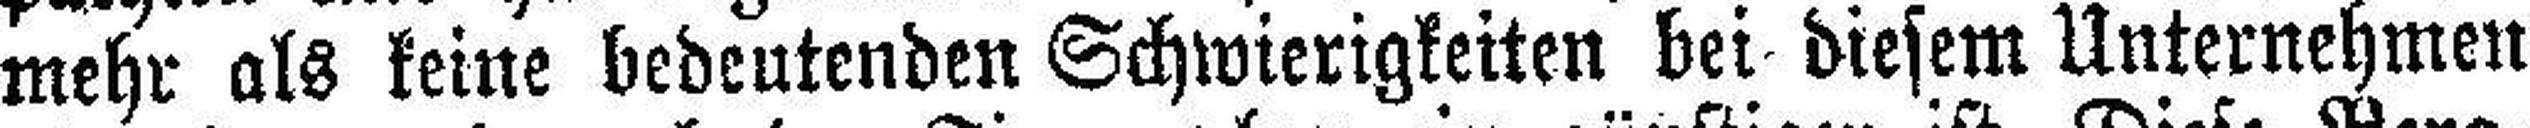
mehr als keine bedeutenden Schwierigkeiten bei diesem Unternehmen